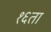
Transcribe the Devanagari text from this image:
१६ता